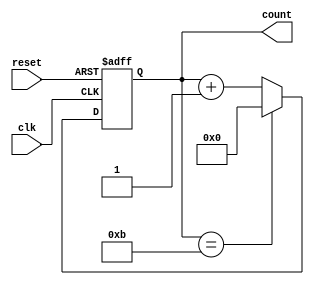
module mod12_counter (
    input wire clk,
    input wire reset,
    output reg [3:0] count
);
    always @(posedge clk or posedge reset) begin
        if (reset) begin
            count <= 4'd0;
        end else begin
            if (count == 4'd11)
                count <= 4'd0;
            else
                count <= count +1 ;
        end
    end
endmodule